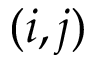
( i , j )